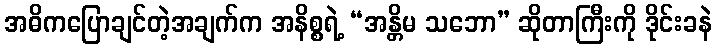
အဓိကပြောချင်တဲ့အချက်က အနိစ္စရဲ့ “အန္တိမ သဘော” ဆိုတာကြီးကို ဒိုင်းခနဲ